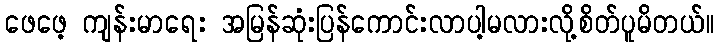
ဖေဖေ့ ကျန်းမာရေး အမြန်ဆုံးပြန်ကောင်းလာပါ့မလားလို့စိတ်ပူမိတယ်။